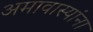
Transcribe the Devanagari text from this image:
अमावास्यांना